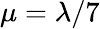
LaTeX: \mu=\lambda/7